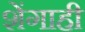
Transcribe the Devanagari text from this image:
शेंगाही